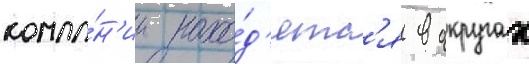
компа́н'ии нахо́д'ятс'я в округах